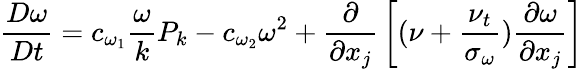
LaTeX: {\frac{D\omega}{Dt}}=c_{\omega_{1}}{\frac{\omega}{k}}P_{k}-c_{\omega_{2}}\omega^{2}+{\frac{\partial}{\partial x_{j}}}\left[(\nu+{\frac{\nu_{t}}{\sigma_{\omega}}}){\frac{\partial\omega}{\partial x_{j}}}\right]